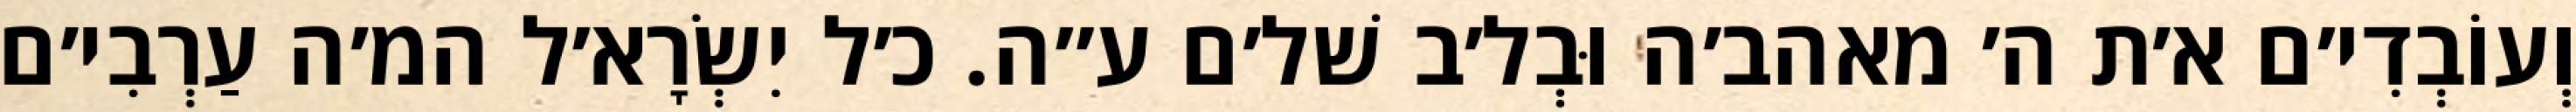
וְעוֹבְדִי׳ם א׳ת ה׳ מאהב׳ה וּבְל׳ב שׁל׳ם ע״ה. כ׳ל יִשְׂרָא׳ל המ׳ה עַרְבִי׳ם